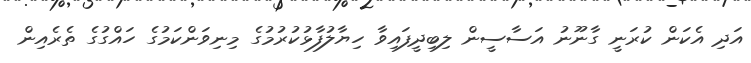
އަދި އެކަން ކުރަނީ ގާނޫނު އަސާސީން ލިބިދީފައިވާ ހިޔާލުފާޅުކުރުމުގެ މިނިވަންކަމުގެ ހައްގުގެ ތެރެއިން